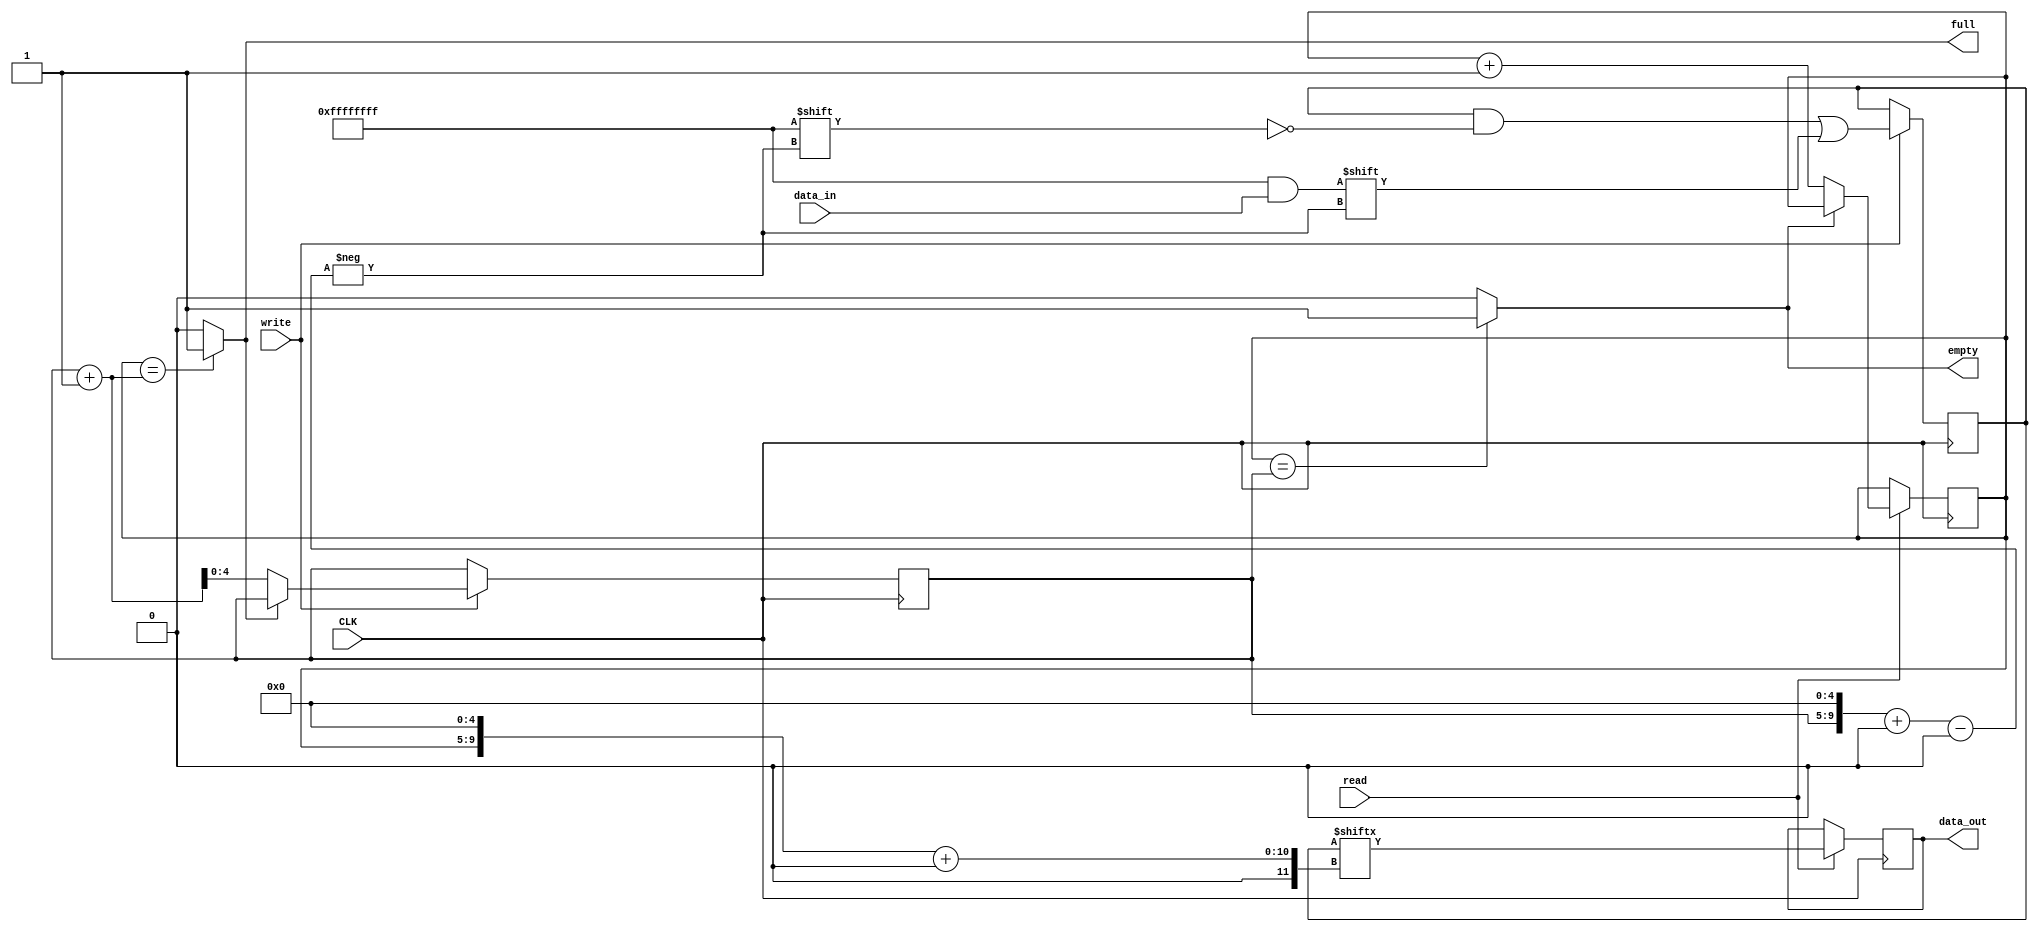
module simple_fifo(input [31:0]  data_in,
		   output [31:0] data_out,
		   input  write,
		   input read,
		   output full,
		   output empty,
		   input CLK
		   );
   wire [31:0] 		  data_in;
   wire 		  write;
   wire 		  read;
   
   reg 			  full;
   reg 			  empty;
   reg [31:0] 		  data_out;


   reg [4:0] 		  read_address=0;
   reg [4:0] 		  write_address=0;

   wire [9:0] 		  rd_addr;
   wire [9:0] 		  wr_addr;
   
   assign rd_addr=read_address<<5;
   assign wr_addr=write_address<<5;
   

   reg [1023:0] 	  info;


   //update full/empy flags
   always @(*) begin
      if (read_address==write_address) begin
	 empty=1;
      end else begin
	 empty =0;
      end
      if (read_address==(write_address+1)) begin
	 full =1;
      end else begin
	 full =0;
      end
   end // always @ (*)

   //read or write    
   always @(posedge CLK) begin
      if (read==1) begin
	 //read
	 data_out=info[rd_addr+:32];
	 if (empty==0) begin
	    read_address=read_address+1;
	 end
	 else begin
	    read_address=read_address;
	 end
      end else begin
	 data_out=data_out;
	 read_address=read_address;
      end // else: !if(read==1)
      

      if (write==1) begin
	 info[wr_addr+:32]=data_in;
	 if (full==0) begin
	    write_address=write_address+1;
	 end
	 else begin
	    write_address=write_address;
	 end
      end
      
      else begin
	 write_address=write_address;
      end // else: !if(write==1)    
	 
   end // always @ (posedge CLK)
   
endmodule